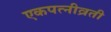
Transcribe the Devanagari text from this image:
एकपत्‍नीव्रती